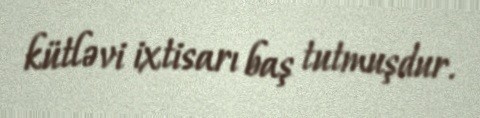
kütləvi ixtisarı baş tutmuşdur.